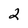
Character: 2